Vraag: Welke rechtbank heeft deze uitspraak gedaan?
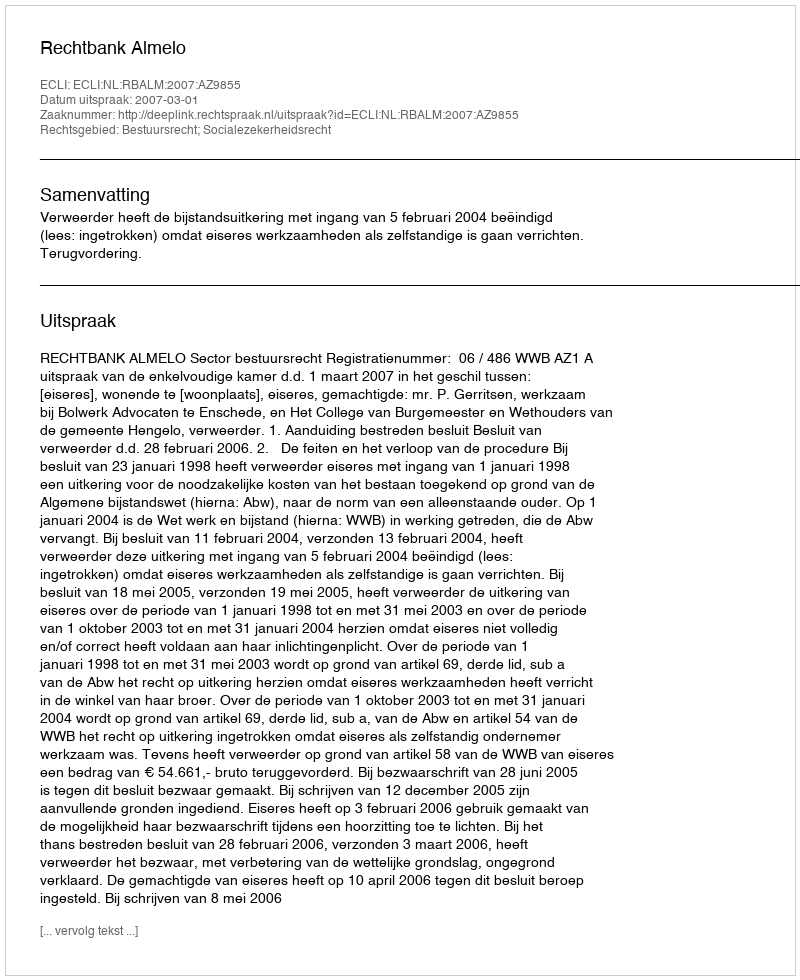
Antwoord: Rechtbank Almelo